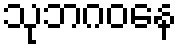
သုဘဂဝနေ